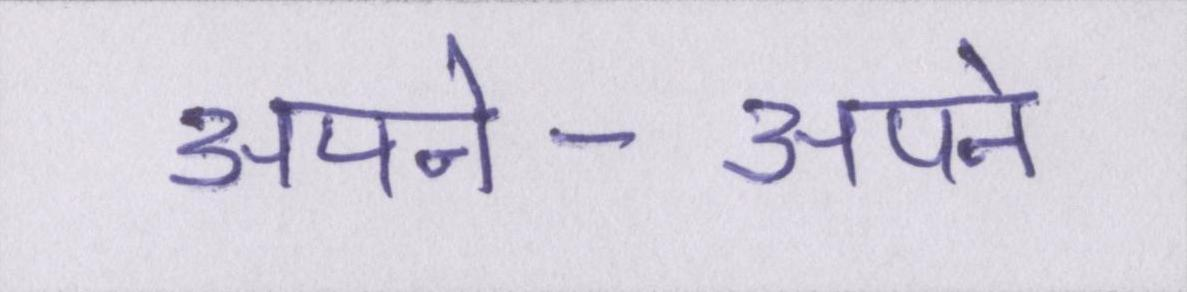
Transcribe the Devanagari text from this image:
अपने-अपने